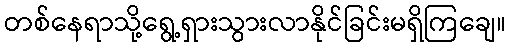
တစ်နေရာသို့ရွေ့ရှားသွားလာနိုင်ခြင်းမရှိကြချေ။